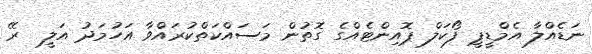
ނަޑެއްލާ އެމްޑީޕީ ފޯކަލް ޕޮއިންޓެއްގެ ގޮތުން މަސައްކަތްކުރައްވާ އަހުމަދު އަލީ  ރޭ